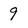
Character: 9